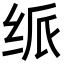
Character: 𬘦